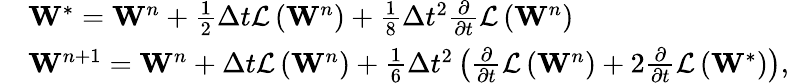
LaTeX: \begin{array}{rl}&{{{\mathbf{W}}^{*}}={{\mathbf{W}}^{n}}+\frac{1}{2}\Delta t\mathcal{L}\left({{\mathbf{W}}^{n}}\right)+\frac{1}{8}\Delta{{t}^{2}}\frac{\partial}{\partial t}\mathcal{L}\left({{\mathbf{W}}^{n}}\right)}\\ &{{{\mathbf{W}}^{n+1}}={{\mathbf{W}}^{n}}+\Delta t\mathcal{L}\left({{\mathbf{W}}^{n}}\right)+\frac{1}{6}\Delta{{t}^{2}}\left(\frac{\partial}{\partial t}\mathcal{L}\left({{\mathbf{W}}^{n}}\right)+2\frac{\partial}{\partial t}\mathcal{L}\left({{\mathbf{W}}^{*}}\right)\right),}\end{array}